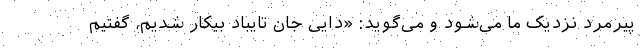
پیرمرد نزدیک ما می‌شود و می‌گوید: «دایی جان تایباد بیکار شدیم، گفتیم